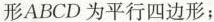
形ABCD为平行四边形；